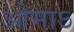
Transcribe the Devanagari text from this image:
ओमाऽ